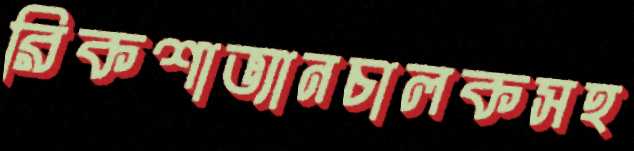
রিকশাভ্যানচালকসহ